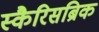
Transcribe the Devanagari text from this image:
स्कैरिसब्रिक